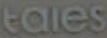
tales